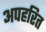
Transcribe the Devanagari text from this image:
अपहरित